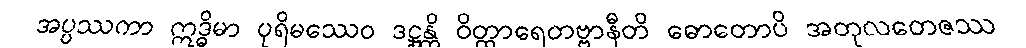
အပ္ပဿကာ ဣဒ္ဓိမာ ပုရိမဿေဝ ဒဋ္ဌုန္တိ ဝိတ္ထာရေတဗ္ဗာနီတိ ဓောတောပိ အတုလတေဇဿ